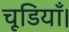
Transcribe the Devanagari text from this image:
चूडियाँ।